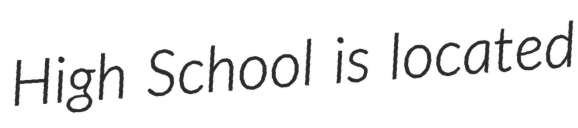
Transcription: High School is located